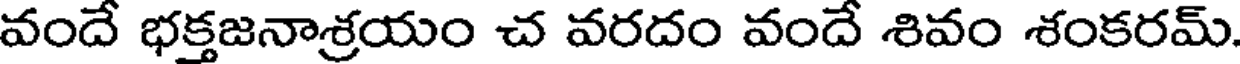
వందే భక్తజనాశ్రయం చ వరదం వందే శివం శంకరమ్